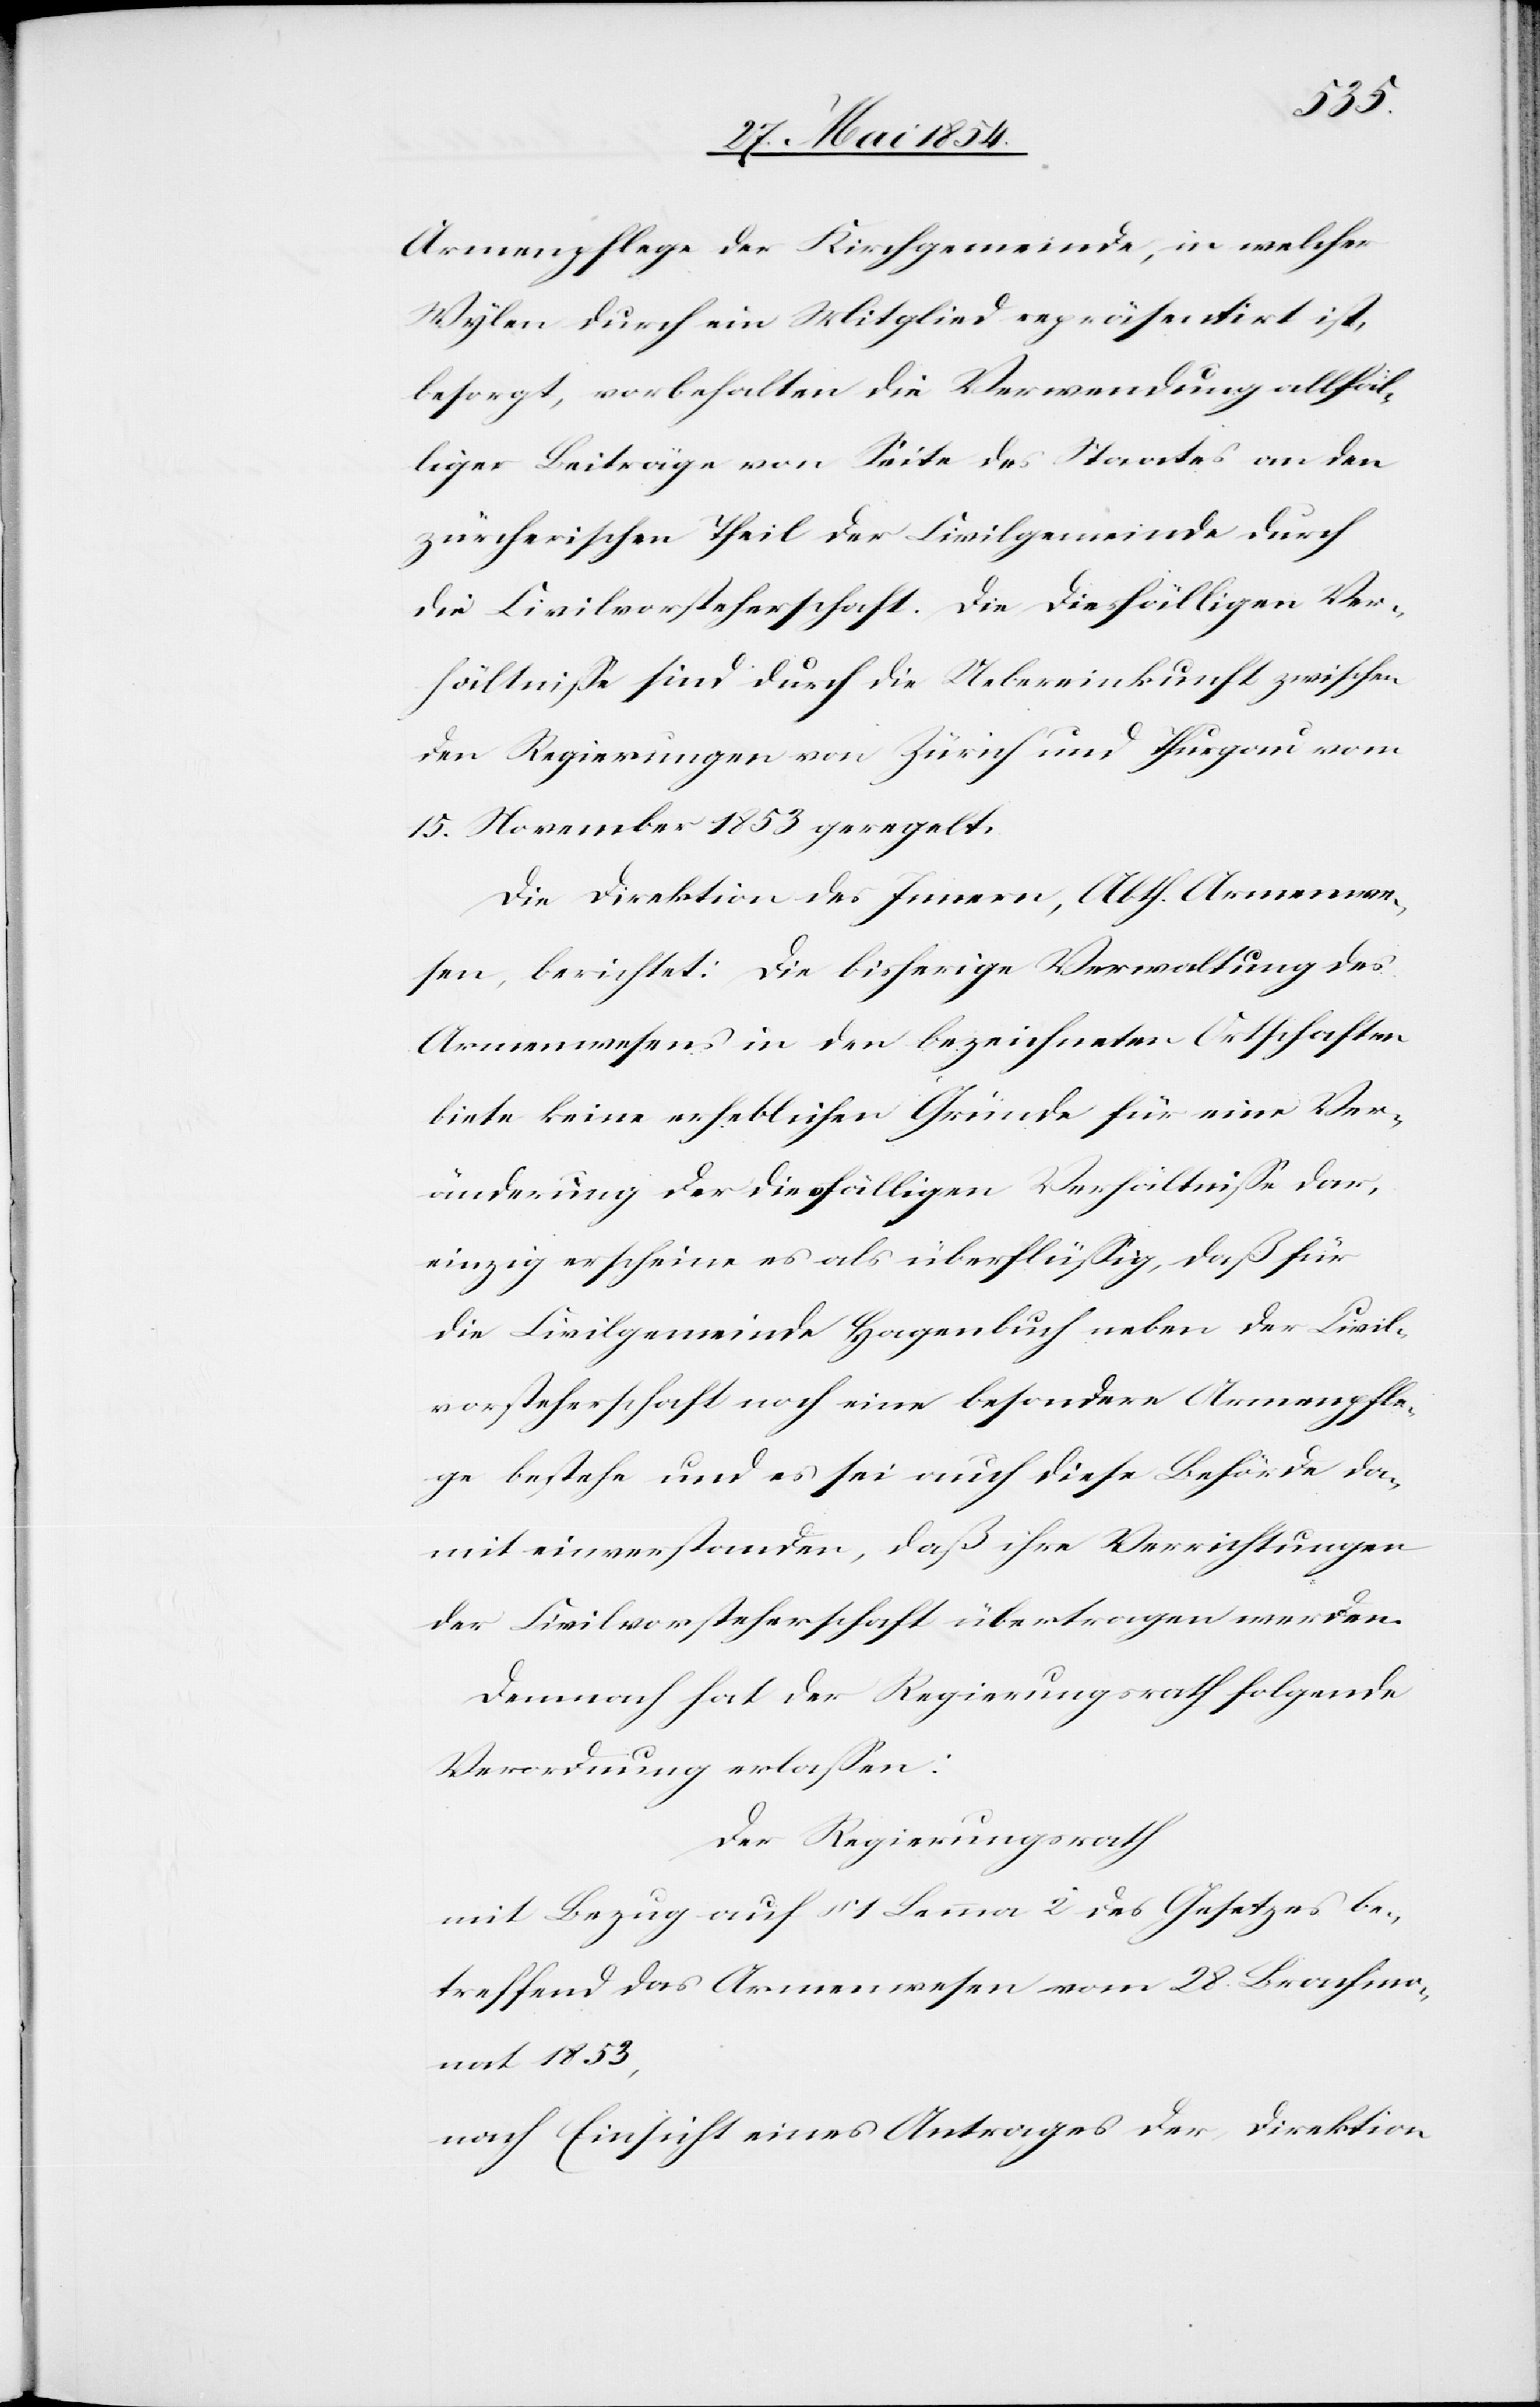
Armenpflege der Kirchgemeinde, in welcher
Wylen durch ein Mitglied repräsentirt ist,
besorgt, vorbehalten die Verwendung allfäl¬
liger Beiträge von Seite des Staates an den
zürcherischen Theil der Civilgemeinde durch
die Civilvorsteherschaft. Die diesfälligen Ver¬
hältniße sin durch die Uebereinkunft zwischen
den Regierungen von Zürich und Thurgau vom
15. November 1853 geregelt.
Die Direktion des Innern, Abth. Armenwe¬
sen, berichtet: Die bisherige Verwaltung des
Armenwesens in den bezeichneten Ortschaften
biete keine erheblichen Gründe für eine Ver¬
änderungen der diesfälligen Verhältniße dar,
einzig erscheine es als überflüßig, daß für
die Civilgemeinde Hagenbuch neben der Civil¬
vorsteherschaft noch eine besondere Armenpfle¬
ge bestehe und es sei auch diese Behörde da¬
mit einverstanden, daß ihre Verrichtungen
der Civilvorsteherschaft übertragen werden.
Der Regierungsrath
mit Bezug auf § 1 Lemma 2 des Gesetzes be¬
treffend das Armenwesen vom 28. Brachmo¬
nat 1853,
nach Einsicht eines Antrages der Direktion